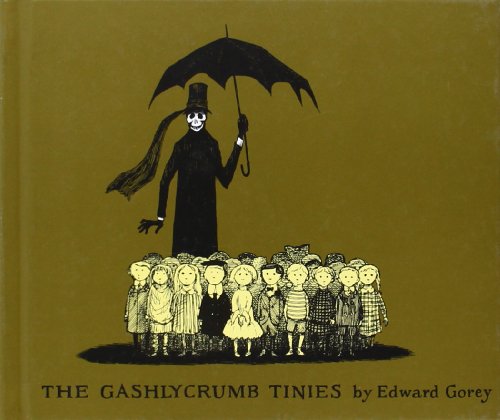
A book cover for The Gashlycrumb Tinies; Edward Gorey; Comics & Graphic Novels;